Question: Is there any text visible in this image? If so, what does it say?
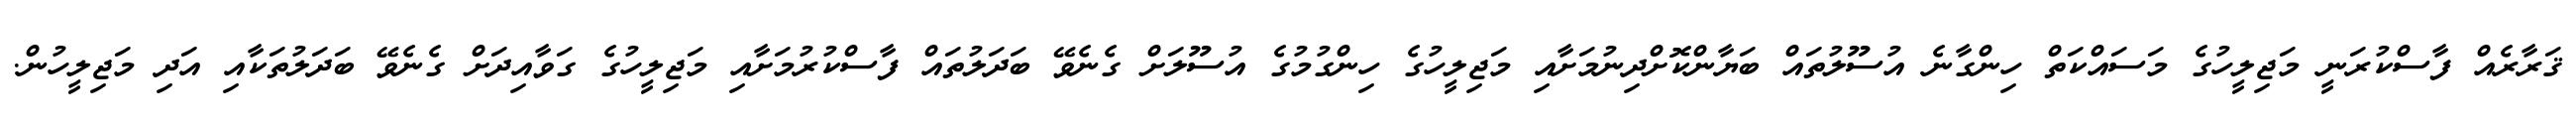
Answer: ޤަރާރެއް ފާސްކުރަނީ މަޖިލީހުގެ މަސައްކަތް ހިންގާނެ އުސޫލުތައް ބަޔާންކޮށްދިނުމަށާއި މަޖިލީހުގެ ހިންގުމުގެ އުސޫލަށް ގެނެވޭ ބަދަލުތައް ފާސްކުރުމަށާއި މަޖިލީހުގެ ގަވާއިދަށް ގެނެވޭ ބަދަލުތަކާއި އަދި މަޖިލީހުން.